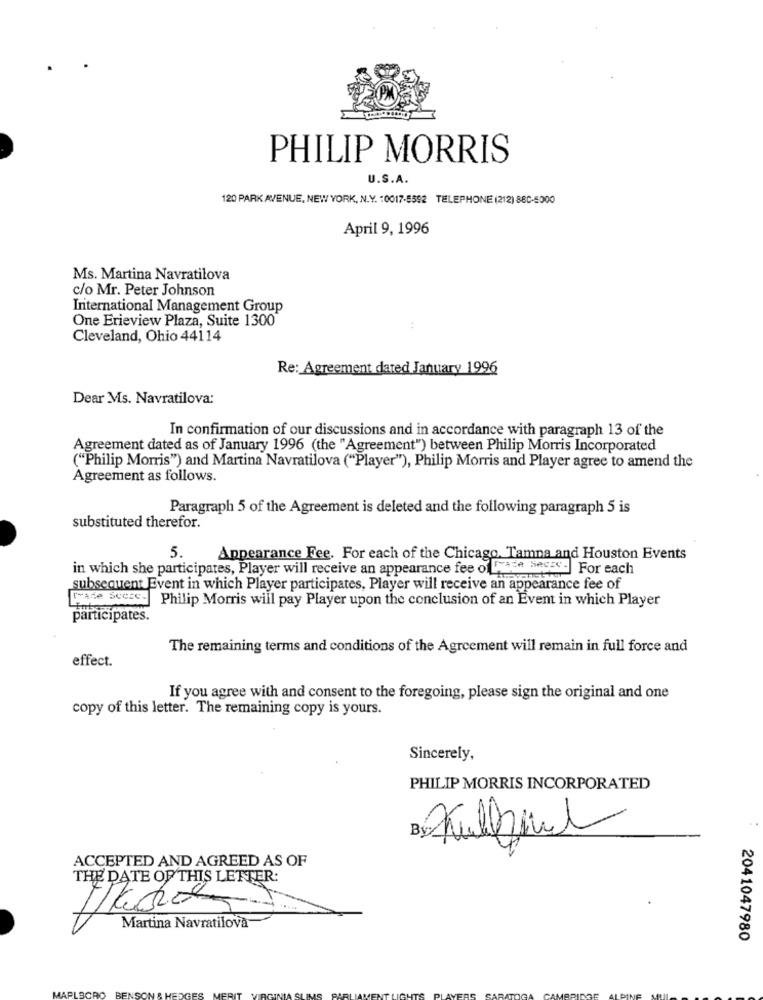
PHILIP MORRIS
U.S.A.
120 PARK AVENUE, NEW YORK, N.Y. 10017-5592 TELEPHONE (212) 88C-5000
April 9, 1996
Ms. Martina Navratilova
c/o Mr. Peter Johnson
International Management Group
One Erieview Plaza, Suite 1300
Cleveland, Ohio 44114
Re: Agreement dated January 1996
Dear Ms. Navratilova:
In confirmation of our discussions and in accordance with paragraph 13 of the
Agreement dated as of January 1996 (the "Agreement") between Philip Morris Incorporated
("Philip Morris") and Martina Navratilova ("Player"), Philip Morris and Player agree to amend the
Agreement as follows.
Paragraph 5 of the Agreement is deleted and the following paragraph 5 is
substituted therefor.
5.
Appearance Fee. For each of the Chicago. Tamna and Houston Events
in which she participates, Player will receive an appearance fee of Frade Seces- For each
subsequent Event in which Player participates, Player will receive an appearance fee of
[Ade Scere- Philip Morris will pay Player upon the conclusion of an Event in which Player
Inte
participates.
The remaining terms and conditions of the Agreement will remain in full force and
effect.
If you agree with and consent to the foregoing, please sign the original and one
copy of this letter. The remaining copy is yours.
Sincerely,
PHILIP MORRIS INCORPORATED
ACCEPTED AND AGREED AS OF
THE DATE OF THIS LETTER:
Martina Navratilova
2041047980